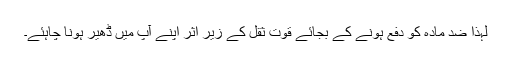
لہٰذا ضد مادّہ کو دفع ہونے کے بجائے قوّت ثقل کے زیر اثر اپنے آپ میں ڈھیر ہونا چاہئے۔